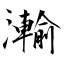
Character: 瀭